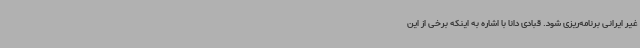
غیر ایرانی برنامه‌ریزی شود. قبادی دانا با اشاره به اینکه برخی از این